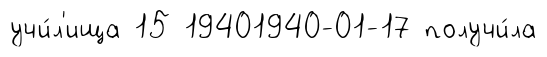
учи́л'ища 15 19401940-01-17 получи́ла